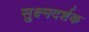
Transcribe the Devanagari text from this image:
सुक्ष्मदर्शक